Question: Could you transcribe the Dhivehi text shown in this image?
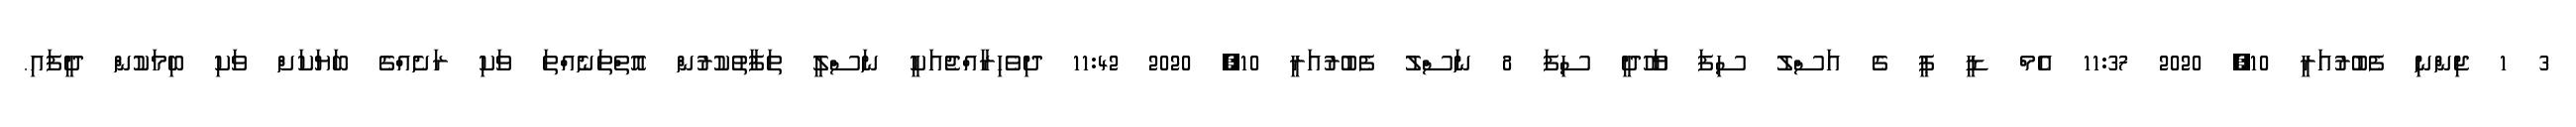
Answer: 3 1 ޖިންނި ފެބުރުއަރީ 10, 2020 11:37 އެމް ޑީ ޕީ ގެ އަސްލު ސިފަ ޔަހޫދީ ސިފަ 8 ނަސްލު ފެބުރުއަރީ 10, 2020 11:42 ދިވެހިރާއްޖެއަކީ ނަސްލީ ތަފާތުކުރުން އޮތްތަނެއްތަ ވަކި ރަށެއްގެ ބަޔަކަށް ވަކި ބިމަކުން ދީފައި.